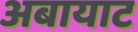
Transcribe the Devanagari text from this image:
अबायाट